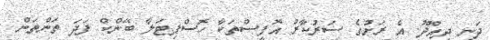
ދަނީ ދިއްދޫ. އެ ރަށުގެ ސަރުކާރު އޮފީސްތަކާ ހޮސްޕިޓަލާ ބޭންކް ފަދަ ތަންތަން